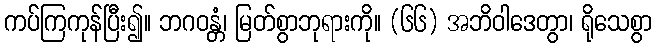
ကပ်ကြကုန်ပြီး၍။ ဘဂဝန္တံ၊ မြတ်စွာဘုရားကို။ (၆၆) အဘိဝါဒေတွာ၊ ရိုသေစွာ